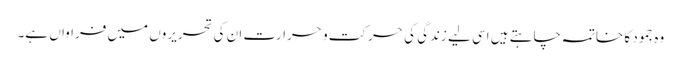
وہ جمود کا خاتمہ چاہتے ہیں اسی لیے زندگی کی حرکت و حرارت ان کی تحریروں میں فراواں ہے۔